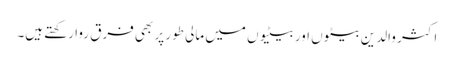
اکثر والدین بیٹوں اور بیٹیوں میں مالی طور پر بھی فرق روا رکھتے ہیں۔